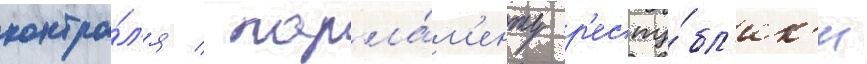
контро́л'я / парла́м'енту р'еспу́бл'ик'и